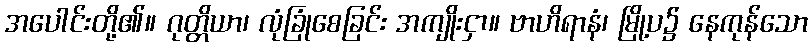
အပေါင်းတို့၏။ ဂုတ္တိယာ၊ လုံခြုံစေခြင်း အကျိုးငှာ။ ဗာဟိရာနံ၊ မြို့ပ၌ နေကုန်သော